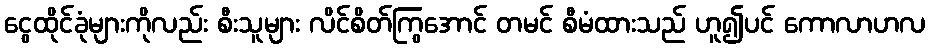
ငွေထိုင်ခုံများကိုလည်း စီးသူများ လိင်စိတ်ကြွအောင် တမင် စီမံထားသည် ဟူ၍ပင် ကောလာဟလ